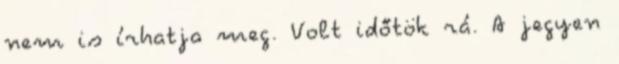
nem is írhatja meg. Volt időtök rá. A jegyen